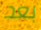
بعد